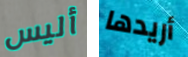
أليس أريدها